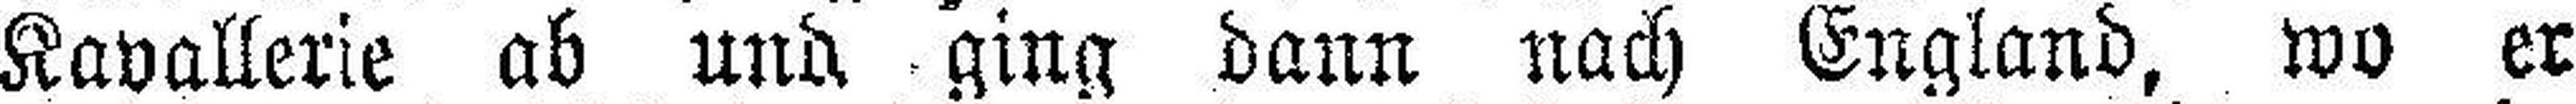
Kavallerie ab und ging dann nach England, wo er